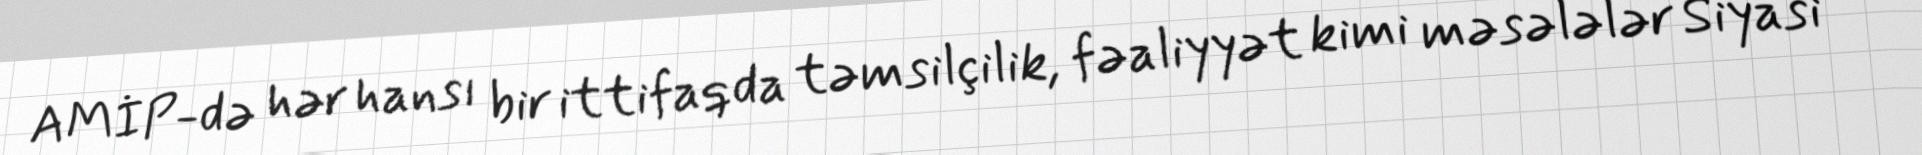
AMİP-də hər hansı bir ittifaqda təmsilçilik, fəaliyyət kimi məsələlər Siyasi